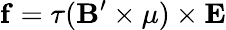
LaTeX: {\mathbf f}=\tau({\mathbf B}^{\prime}\times{\mathbf\mu})\times{\mathbf E}